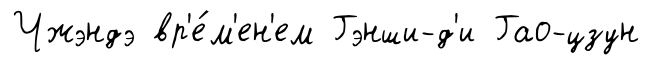
Чжэндэ вр'е́м'ен'ем Гэнши-д'и Гао-цзун